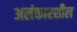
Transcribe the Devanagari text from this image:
अलंकारशील